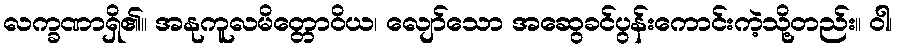
လက္ခဏာရှိ၏။ အနုကူလမိတ္တောဝိယ၊ လျော်သော အဆွေခင်ပွန်းကောင်းကဲ့သို့တည်း။ ဝါ၊